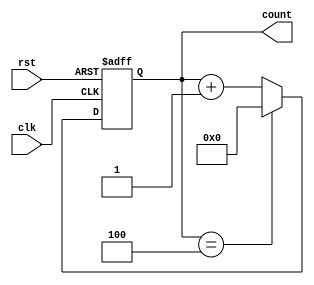
module Modulus_counter (
    input clk,
    input rst,
    output reg [3:0] count
);

parameter MOD_VALUE = 5;

always @(posedge clk or posedge rst)
begin
    if (rst)
        count <= 4'b0000;
    else if (count == MOD_VALUE-1)
        count <= 4'b0000;
    else
        count <= count + 1;
end

endmodule